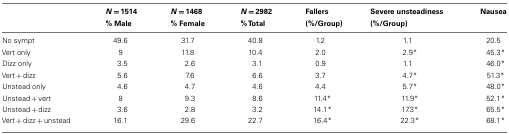
<table><thead><tr><td></td><td><b><i>N</i> = 1514 % Male</b></td><td><b><i>N</i> = 1468 % Female</b></td><td><b><i>N</i> = 2982 % Total</b></td><td><b>Fallers (%/Group)</b></td><td><b>Severe unsteadiness (%/Group)</b></td><td><b>Nausea</b></td></tr></thead><tbody><tr><td>No sympt</td><td>49.6</td><td>31.7</td><td>40.8</td><td>1.2</td><td>1.1</td><td>20.5</td></tr><tr><td>Vert only</td><td>9</td><td>11.8</td><td>10.4</td><td>2.0</td><td>2.9*</td><td>45.3*</td></tr><tr><td>Dizz only</td><td>3.5</td><td>2.6</td><td>3.1</td><td>0.9</td><td>1.1</td><td>46.0*</td></tr><tr><td>Vert + dizz</td><td>5.6</td><td>7.6</td><td>6.6</td><td>3.7</td><td>4.7*</td><td>51.3*</td></tr><tr><td>Unstead only</td><td>4.6</td><td>4.7</td><td>4.6</td><td>4.4</td><td>5.7*</td><td>48.0*</td></tr><tr><td>Unstead + vert</td><td>8</td><td>9.3</td><td>8.6</td><td>11.4*</td><td>11.9*</td><td>52.1*</td></tr><tr><td>Unstead + dizz</td><td>3.6</td><td>2.8</td><td>3.2</td><td>14.1*</td><td>17.3*</td><td>65.5*</td></tr><tr><td>Vert + dizz + unstead</td><td>16.1</td><td>29.6</td><td>22.7</td><td>16.4*</td><td>22.3*</td><td>68.1*</td></tr></tbody></table>